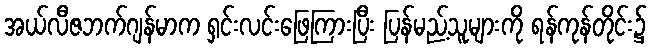
အယ်လီဇဘက်ဂျန်မာက ရှင်းလင်းဖြေကြားပြီး ပြန်မည့်သူများကို ရန်ကုန်တိုင်း၌